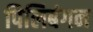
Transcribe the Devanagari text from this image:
पिलिबंगन